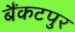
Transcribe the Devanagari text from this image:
बैंकटपुर